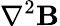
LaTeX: \nabla^{2}\mathbf{B}